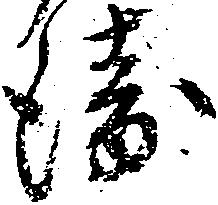
衛